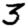
Digit: 3